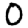
Digit: 0